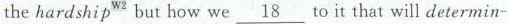
the hardship^{W2}but how we \underline{18} to it that will determin-